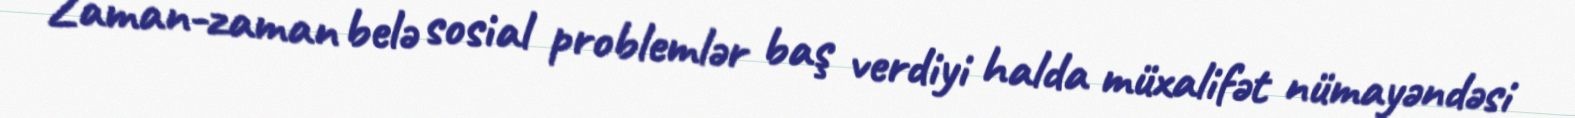
Zaman-zaman belə sosial problemlər baş verdiyi halda müxalifət nümayəndəsi